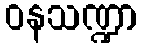
ဝနသဏ္ဍာ